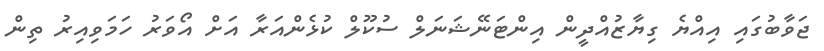
ޖަވާބުގައި އިއްޔެ ގިޔާޒުއްދީން އިންޓަނޭޝަނަލް ސުކޫލް ކުޅެންއަރާ އަށް އޯވަރު ހަމަވިއިރު ތިން